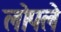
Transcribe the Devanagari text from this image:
लोपले